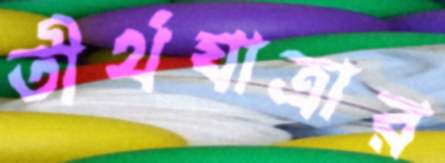
তীর্থযাত্রার